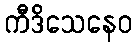
ကီဒိသေနေဝ